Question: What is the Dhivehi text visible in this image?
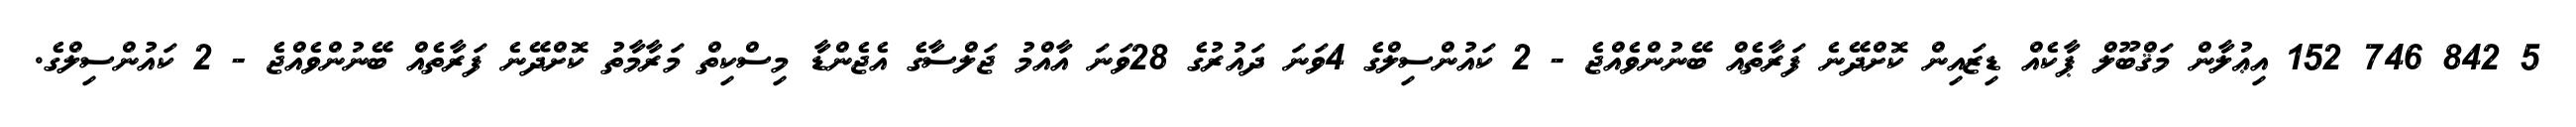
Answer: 5 842 746 152 އިޢުލާން މަޤްބޫލް ޕާކެއް ޑިޒައިން ކޮށްދޭނެ ފަރާތެއް ބޭނުންވެއްޖެ - 2 ކައުންސިލްގެ 4ވަނަ ދައުރުގެ 28ވަނަ އާއްމު ޖަލްސާގެ އެޖެންޑާ މިސްކިތް މަރާމާތު ކޮށްދޭނެ ފަރާތެއް ބޭނުންވެއްޖެ - 2 ކައުންސިލްގެ.